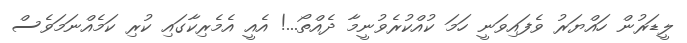
ލީޑަރުން ހައްޔަރު ވެފައިވަނީ ހަމަ ކުއްކުރެވުނީމާ ދެއްތޯ...! އެއީ އެމެރިކާގައި ކުރި ކަމެއްނަމަވެސް